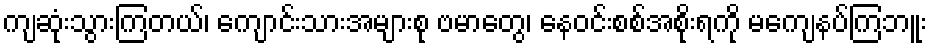
ကျဆုံးသွားကြတယ်၊ ကျောင်းသားအများစု ဗမာတွေ၊ နေဝင်းစစ်အစိုးရကို မကျေနပ်ကြဘူး